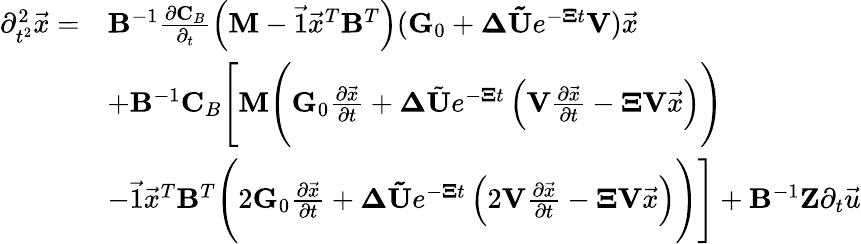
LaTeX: \begin{array}{rl}{\partial_{t^{2}}^{2}\vec{x}=}&{\mathbf{B}^{-1}\frac{\partial\mathbf{C}_{B}}{\partial_{t}}\left(\mathbf{M}-\vec{1}\vec{x}^{T}\mathbf{B}^{T}\right)(\mathbf{G}_{0}+\mathbf{\Delta}\mathbf{\tilde{U}}e^{-\mathbf{\Xi}t}\mathbf{V})\vec{x}}\\ &{+\mathbf{B}^{-1}\mathbf{C}_{B}\Bigg[\mathbf{M}\Bigg(\mathbf{G}_{0}\frac{\partial\vec{x}}{\partial t}+\mathbf{\Delta}\tilde{\mathbf{U}}e^{-\mathbf{\Xi}t}\left(\mathbf{V}\frac{\partial\vec{x}}{\partial t}-\mathbf{\Xi}\mathbf{V}\vec{x}\right)\Bigg)}\\ &{-\vec{1}\vec{x}^{T}\mathbf{B}^{T}\Bigg(2\mathbf{G}_{0}\frac{\partial\vec{x}}{\partial t}+\mathbf{\Delta}\mathbf{\tilde{U}}e^{-\mathbf{\Xi}t}\left(2\mathbf{V}\frac{\partial\vec{x}}{\partial t}-\mathbf{\Xi}\mathbf{V}\vec{x}\right)\Bigg)\Bigg]+\mathbf{B}^{-1}\mathbf{Z}\partial_{t}\vec{u}}\end{array}